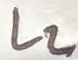
Text: L2